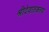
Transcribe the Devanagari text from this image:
श्रीदेवातकल्प